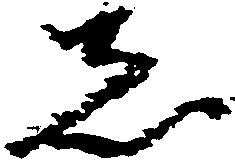
者